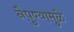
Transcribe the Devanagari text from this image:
नैपुण्यामुळे